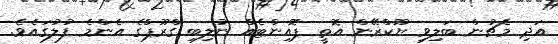
އަދި މެޗުން ބަލިވި ޔޫކްރޭން އޮތީ ޕޮއިންޓެއް ނުލިބި ގްރޫޕްގެ އެންމެ ފުލުގައެވެ.